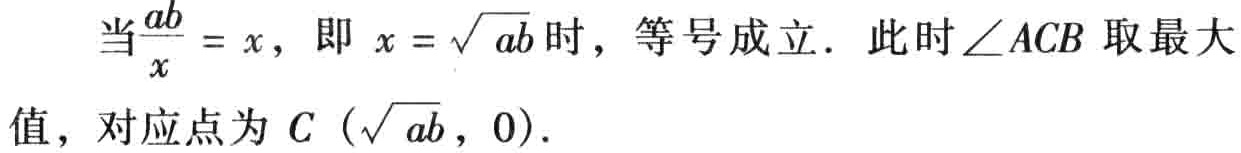
当$\frac{ab}{x} = x$，即$x = \sqrt{ab}$时，等号成立．此时$\angle ACB$取最大值，对应点为$C（\sqrt{ab}，0）.$